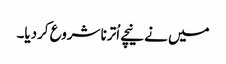
میں نے نیچے اُترنا شروع کردیا۔